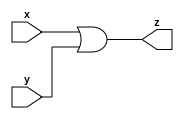
module orgate(input x,
          input y,
          output z);
  or org(z,x,y);
endmodule